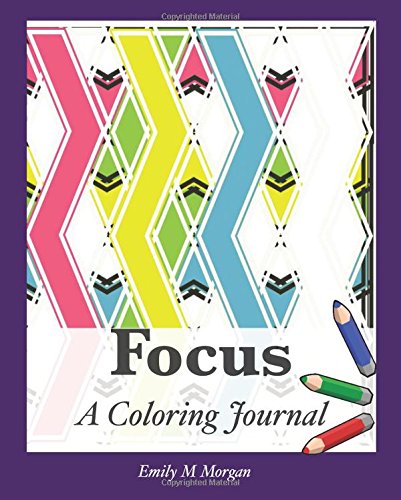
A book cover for Focus: A Coloring Journal (Coloring Journal Series); Emily M Morgan; Self-Help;